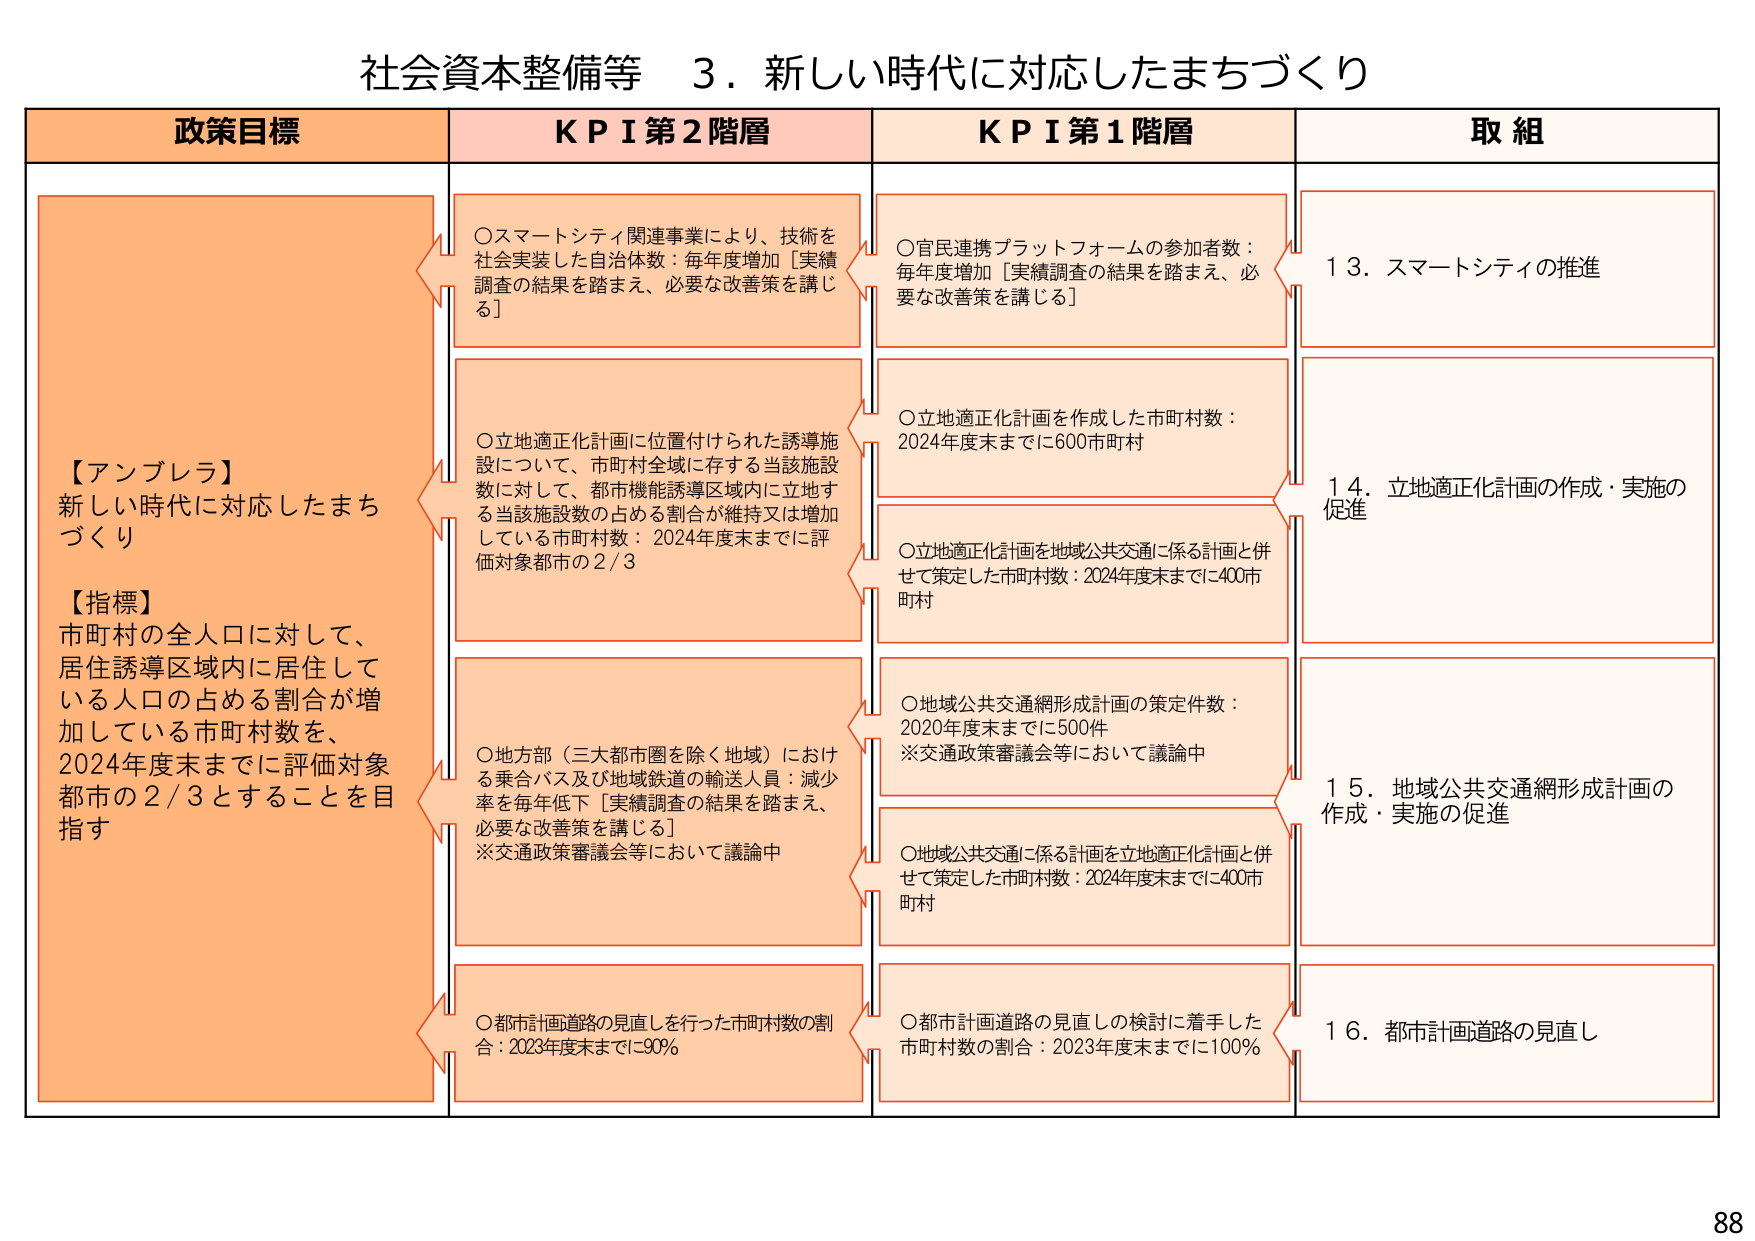
社会資本整備等　３．新しい時代に対応したまちづくり

政策目標　　　　　　　　　　ＫＰＩ第２階層　　　　　　　　　　ＫＰＩ第１階層　　　　　　　　　　取組

【アンブレラ】
新しい時代に対応したまちづくり

【指標】
市町村の全人口に対して、
居住誘導区域内に居住して
いる人口の占める割合が増
加している市町村数を、
2024年度末までに評価対象
都市の２／３とすることを目指す

○スマートシティ関連事業により、技術を
社会実装した自治体数：毎年度増加［実績
調査の結果を踏まえ、必要な改善策を講じ
る］

○立地適正化計画に位置付けられた誘導施
設について、市町村全域に存する当該施設
数に対して、都市機能誘導区域内に立地す
る当該施設数の占める割合が維持又は増加
している市町村数：2024年度末までに評
価対象都市の２／３

○地方部（三大都市圏を除く地域）におけ
る乗合バス及び地域鉄道の輸送人員：減少
率を毎年低下［実績調査の結果を踏まえ、
必要な改善策を講じる］
※交通政策審議会等において議論中

○都市計画道路の見直しを行った市町村数の割
合：2023年度末までに90％

○官民連携プラットフォームの参加者数：
毎年度増加［実績調査の結果を踏まえ、必
要な改善策を講じる］

○立地適正化計画を作成した市町村数：
2024年度末までに600市町村

○立地適正化計画を地域公共交通に係る計画と併
せて策定した市町村数：2024年度末までに400市
町村

○地域公共交通網形成計画の策定件数：
2020年度末までに500件
※交通政策審議会等において議論中

○地域公共交通に係る計画を立地適正化計画と併
せて策定した市町村数：2024年度末までに400市
町村

○都市計画道路の見直しの検討に着手した
市町村数の割合：2023年度末までに100％

１３．スマートシティの推進

１４．立地適正化計画の作成・実施の
促進

１５．地域公共交通網形成計画の
作成・実施の促進

１６．都市計画道路の見直し

88